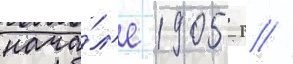
нача́л'е 1905 г //